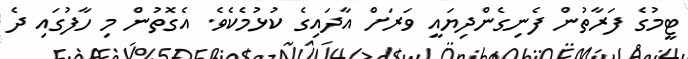
ޓީމުގެ ފަރާތުން ފެނިގެންދިޔައީ ވަރަށް އާދައިގެ ކުޅުމެކެވެ. އެގޮތުން މި ހާފުގައި ދެ